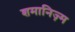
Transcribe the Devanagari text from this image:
शमानिज़्म